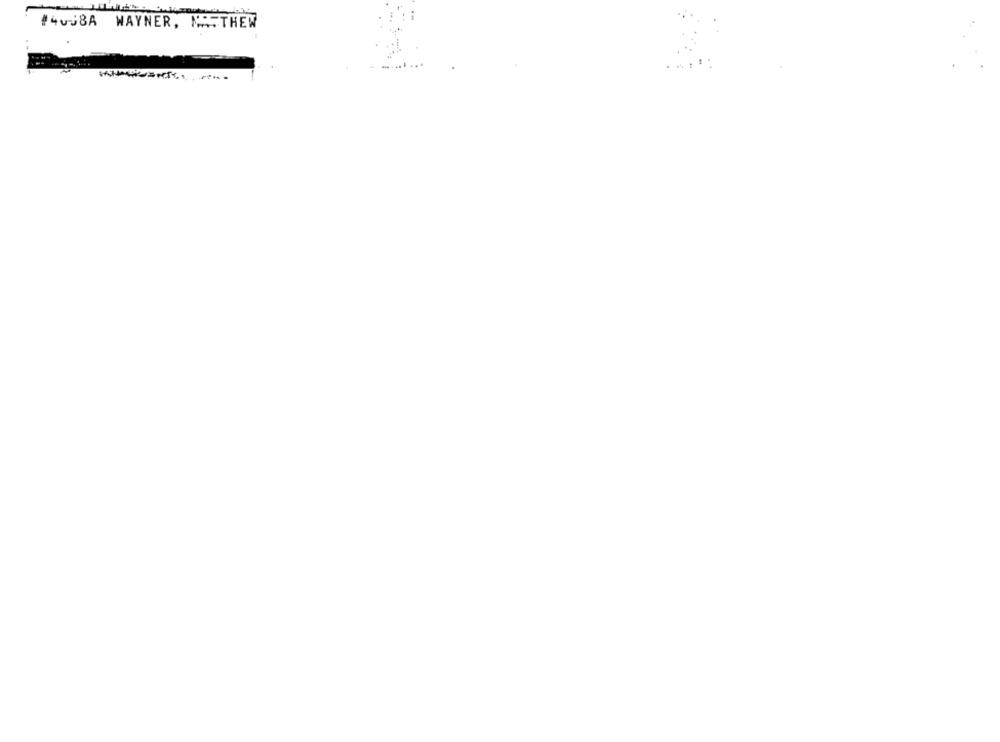
#4038A WAYNER, NA. THEW